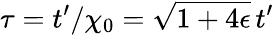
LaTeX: \tau=t^{\prime}/\chi_{0}=\sqrt{1+4\epsilon}\, t^{\prime}